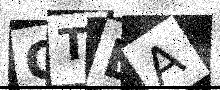
Text: QTBA